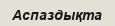
Аспаздықта